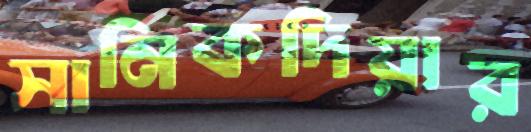
সানিকদিয়ার